画像に写った文字を読んでください
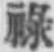
「祿」と書いてあります